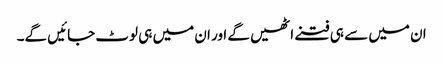
ان میں سے ہی فتنے اٹھیں گے اور ان میں ہی لوٹ جائیں گے۔